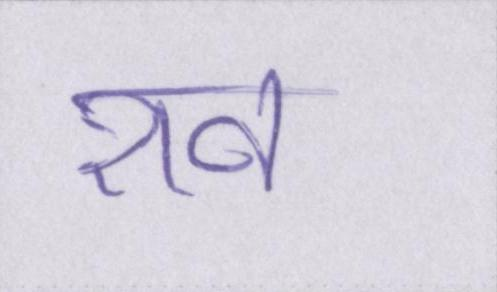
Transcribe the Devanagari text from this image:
शव